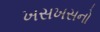
ખસખસનો